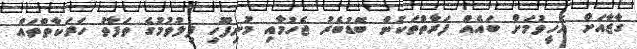
ގާޒާއަށް އެހީވުމަށް ބައެއް ފަރާތްތަކުން ބޮޑުބެރު ޖެހުމާއި މުނިފޫހި ފިލުވުމުގެ ތަފާތު ހަރަކާތްތައް